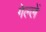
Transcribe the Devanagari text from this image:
गेल्लें